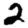
Digit: 2